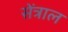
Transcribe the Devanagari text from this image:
सेंत्राल